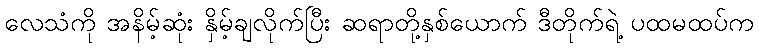
လေသံကို အနိမ့်ဆုံး နှိမ့်ချလိုက်ပြီး ဆရာတို့နှစ်ယောက် ဒီတိုက်ရဲ့ ပထမထပ်က